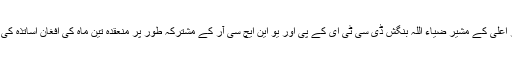
پشاور: ایلیمنٹری اینڈ سیکنڈری ایجوکیشن سے متعلق وزیر اعلی کے مشیر ضیاء اللہ بنگش ڈی سی ٹی ای کے پی اور یو این ایچ سی آر کے مشترکہ طور پر منعقدہ تین ماہ کی افغان اساتذہ کی تربیت کی اختتامی تقریب کے دوران خطاب کررہے ہیں۔